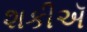
શકીઍ